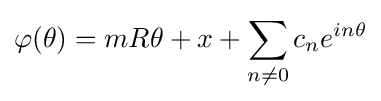
\varphi (\theta )=mR\theta +x+\sum _{n\neq 0}c_{n}e^{in\theta }